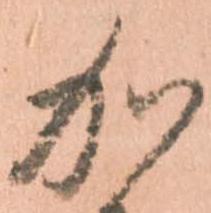
加